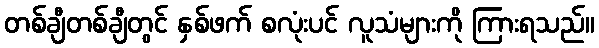
တစ်ချီတစ်ချီတွင် နှစ်ဖက် စလုံးပင် လူသံများကို ကြားရသည်။